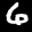
Label: 6